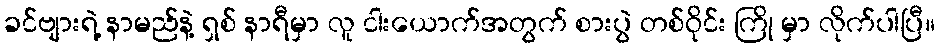
ခင်ဗျားရဲ့ နာမည်နဲ့ ရှစ် နာရီမှာ လူ ငါးယောက်အတွက် စားပွဲ တစ်ဝိုင်း ကြို မှာ လိုက်ပါပြီ။